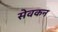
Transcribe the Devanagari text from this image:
सेवकन